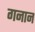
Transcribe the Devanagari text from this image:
गनान